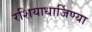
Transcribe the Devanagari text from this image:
रशियाधार्जिण्या